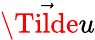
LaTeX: \vec{\Tilde{u}}